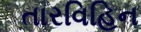
તારવિહિન